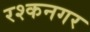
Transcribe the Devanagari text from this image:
रश्कनगर